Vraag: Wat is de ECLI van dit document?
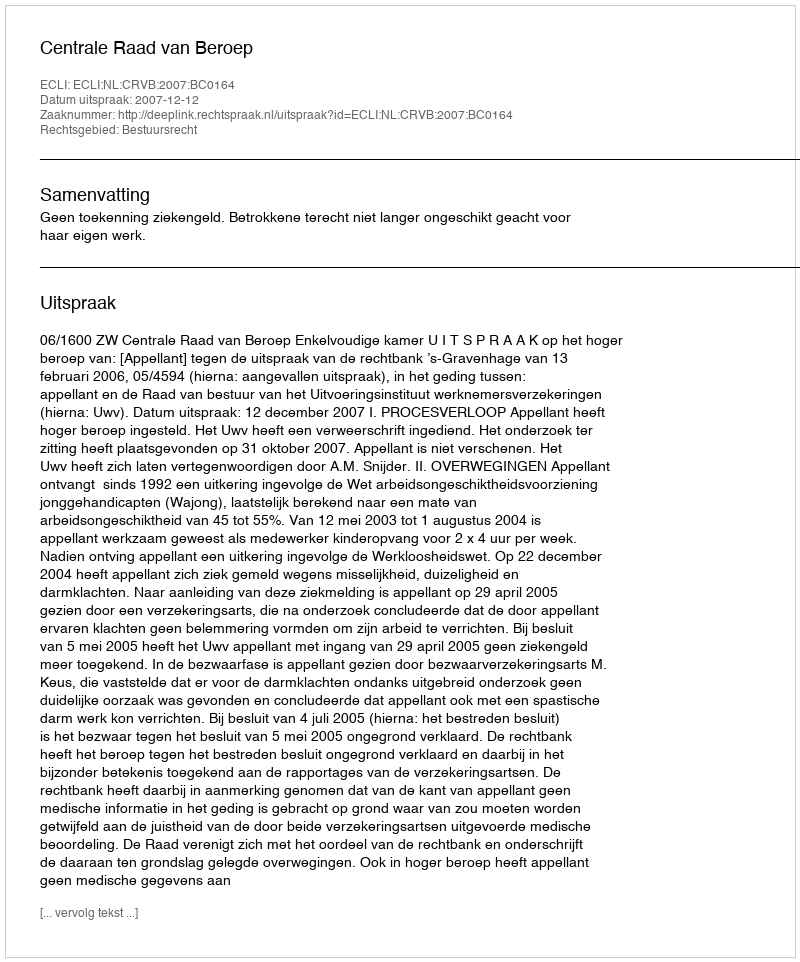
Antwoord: ECLI:NL:CRVB:2007:BC0164